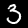
Digit: 3